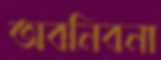
অবনিবনা